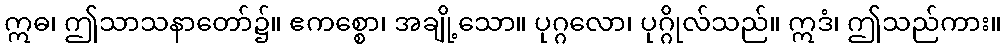
ဣဓ၊ ဤသာသနာတော်၌။ ဧကစ္စော၊ အချို့သော။ ပုဂ္ဂလော၊ ပုဂ္ဂိုလ်သည်။ ဣဒံ၊ ဤသည်ကား။